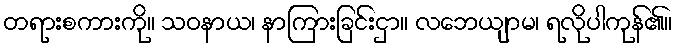
တရားစကားကို။ သဝနာယ၊ နာကြားခြင်းငှာ။ လဘေယျာမ၊ ရလိုပါကုန်၏။